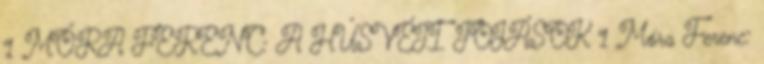
1 MÓRA FERENC: A HÚSVÉTI TOJÁSOK 1 Móra Ferenc: